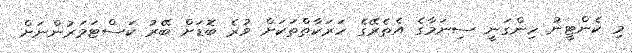
މި ކެންޓީނު ހިންގަނީ ސިނަމާގެ އެތެރޭގެ ހަރަކާތްތަކަށް ވުރެ ބޮޑަށް ބޭރު ކަސްޓަމަރުންނަށް